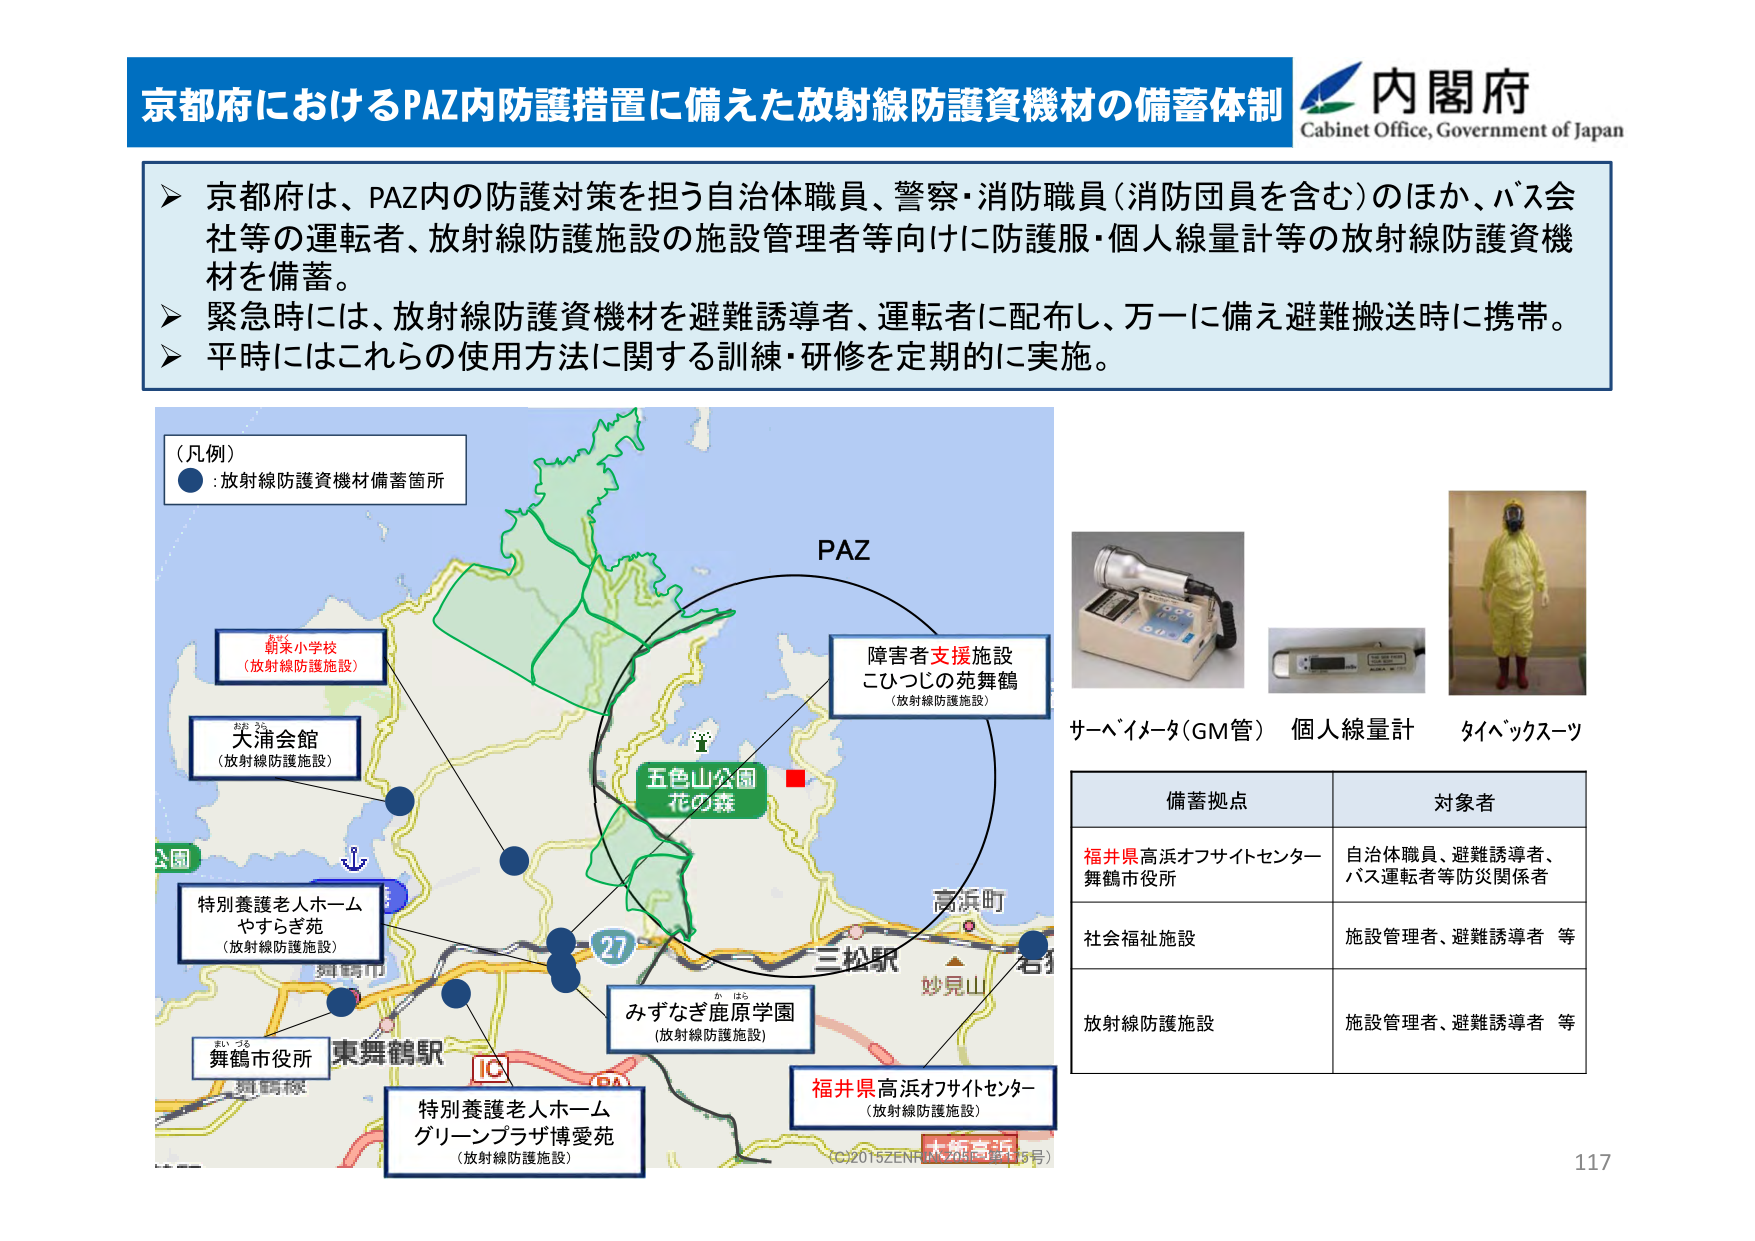
京都府におけるPAZ内防護措置に備えた放射線防護資機材の備蓄体制
Cabinet Office, Government of Japan

➤ 京都府は、PAZ内の防護対策を担う自治体職員、警察・消防職員（消防団員を含む）のほか、バス会社等の運転者、放射線防護施設の施設管理者等向けに防護服・個人線量計等の放射線防護資機材を備蓄。
➤ 緊急時には、放射線防護資機材を避難誘導者、運転者に配布し、万一に備え避難搬送時に携帯。
➤ 平時にはこれらの使用方法に関する訓練・研修を定期的に実施。

（凡例）
● : 放射線防護資機材備蓄箇所

PAZ

朝来小学校
（放射線防護施設）

大浦会館
（放射線防護施設）

特別養護老人ホーム
やすらぎ苑
（放射線防護施設）

舞鶴市役所

東舞鶴駅

特別養護老人ホーム
グリーンプラザ博愛苑
（放射線防護施設）

五色山公園
花の森

みずなぎ鹿原学園
（放射線防護施設）

障害者支援施設
こひつじの苑舞鶴
（放射線防護施設）

福井県高浜オフサイトセンター
（放射線防護施設）

高浜町
三松駅
妙見山

サーベイメータ（GM管） 個人線量計 タイベックスツ

備蓄拠点 対象者
福井県高浜オフサイトセンター
舞鶴市役所 自治体職員、避難誘導者、バス運転者等防災関係者
社会福祉施設 施設管理者、避難誘導者 等
放射線防護施設 施設管理者、避難誘導者 等

(C)2015ZENRIN（地図データ：15号）
117